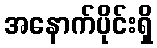
အနောက်ပိုင်းရှိ